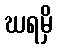
ဃရမှိ